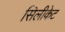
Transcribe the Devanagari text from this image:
सिलीकेट